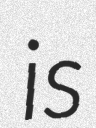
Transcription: is